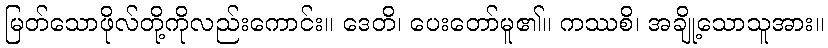
မြတ်သောဖိုလ်တို့ကိုလည်းကောင်း။ ဒေတိ၊ ပေးတော်မူ၏။ ကဿစိ၊ အချို့သောသူအား။